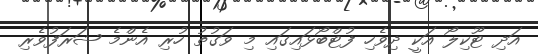
އަދި ޓޫކިލޯ އަކީ ދިވެހި ފުޓްބޯޅައިގައި މި ވަގުތު ހުރި އެންމެ ޝަރަފުވެރި